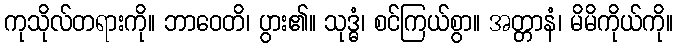
ကုသိုလ်တရားကို။ ဘာဝေတိ၊ ပွား၏။ သုဒ္ဓံ၊ စင်ကြယ်စွာ။ အတ္တာနံ၊ မိမိကိုယ်ကို။